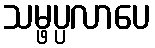
သမ္ဖပ္ပလာပေ